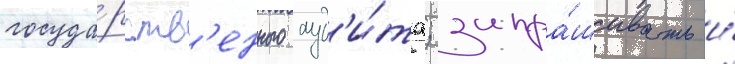
госуда́рств'енного ауд'и́та; запра́шивать и́